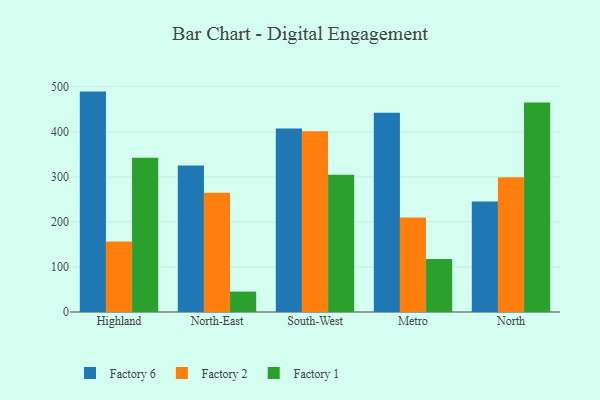
{"axis": {"x": "Region", "y": "Conversion Rate (%)"}, "legend": ["Factory 1", "Factory 2", "Factory 6"], "data": [{"x": "Highland", "y": 489.4, "type": "Factory 6"}, {"x": "Highland", "y": 156.4, "type": "Factory 2"}, {"x": "Highland", "y": 342.4, "type": "Factory 1"}, {"x": "North-East", "y": 325.5, "type": "Factory 6"}, {"x": "North-East", "y": 264.8, "type": "Factory 2"}, {"x": "North-East", "y": 45.3, "type": "Factory 1"}, {"x": "South-West", "y": 407.2, "type": "Factory 6"}, {"x": "South-West", "y": 401.4, "type": "Factory 2"}, {"x": "South-West", "y": 304.5, "type": "Factory 1"}, {"x": "Metro", "y": 442.6, "type": "Factory 6"}, {"x": "Metro", "y": 210.1, "type": "Factory 2"}, {"x": "Metro", "y": 117.8, "type": "Factory 1"}, {"x": "North", "y": 245.1, "type": "Factory 6"}, {"x": "North", "y": 299.3, "type": "Factory 2"}, {"x": "North", "y": 465.4, "type": "Factory 1"}]}